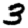
Digit: 3